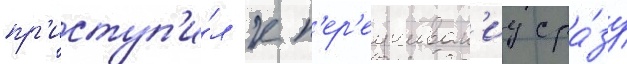
пр'иступ'и́л к п'ер'еучиван'иу сра́зу